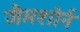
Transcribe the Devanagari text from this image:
जैमशोर्न